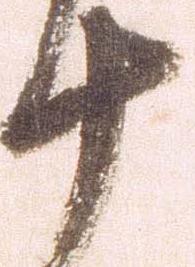
十